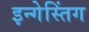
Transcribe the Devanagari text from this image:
इन्गेस्तिंग